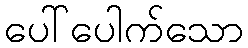
ပေါ်ပေါက်သော